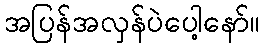
အပြန်အလှန်ပဲပေါ့နော်။